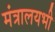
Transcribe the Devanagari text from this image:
मंत्रालयभी